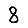
Digit: 8